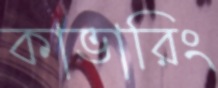
কাভারিং